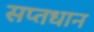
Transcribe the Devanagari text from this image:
सप्तधान